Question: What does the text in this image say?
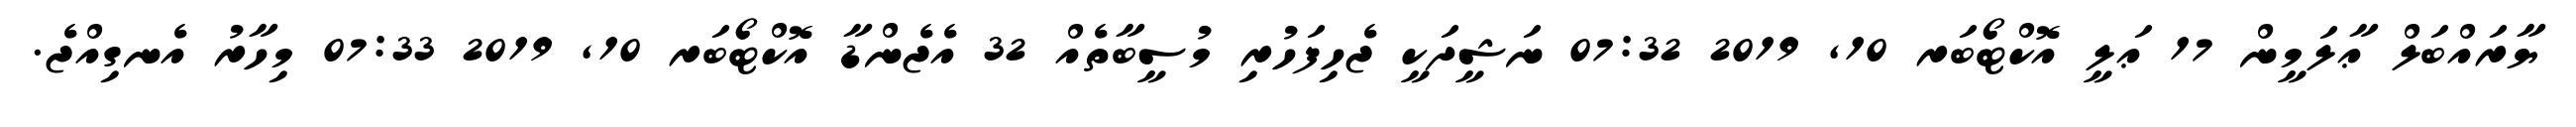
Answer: ޔާރައްބަލް ޢާލަމީން 17 ޢަލީ އޮކްޓޯބަރ 10, 2019 07:32 ނަޝީދަކީ ޖެހިފަހުރި މުސީބާތެއް 32 އެޖެންޑާ އޮކްޓޯބަރ 10, 2019 07:33 މިހާރު އެނގިއްޖެ.